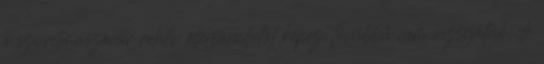
a szívritmuszavar relatív ellenjavallatot képez, továbbá nem vizsgálták, de